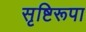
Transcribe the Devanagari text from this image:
सृष्टिरूपा